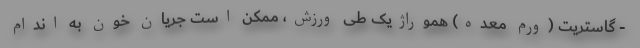
- گاستریت (ورم معده) هموراژیک طی ورزش، ممکن است جریان خون به اندام